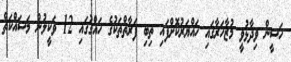
ހަސީން ވިދާޅުވީ މުޒާހަރާގައި ހައްޔަރުކޮށްފައި ތިބި ފަރާތްތަކުގެ ހައްގުގައި 12 ވަކީލުން މަސައްކަތް